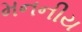
મનનીય